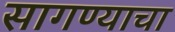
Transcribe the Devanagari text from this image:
सागण्याचा